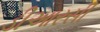
ડીઆરસી